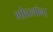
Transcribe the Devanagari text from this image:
मोघलांना